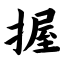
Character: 握